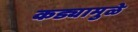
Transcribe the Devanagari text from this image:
कड्यामुळे